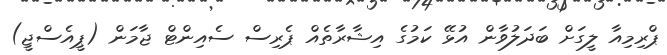
ޕްރިމިއާ ލީގަށް ބަދަލުވާން އުޅޭ ކަމުގެ އިޝާރާތެއް ޕެރިސް ސެއިންޓް ޖާމަން (ޕީއެސްޖީ)